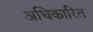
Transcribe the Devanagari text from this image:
अधिकारित